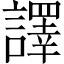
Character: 譯